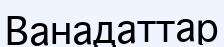
Ванадаттар